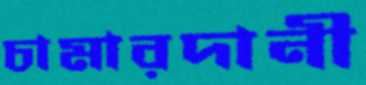
চামারদানী